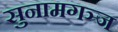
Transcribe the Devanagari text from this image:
सुनामगञ्ज